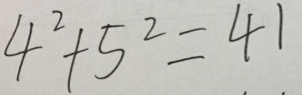
4 ^ { 2 } + 5 ^ { 2 } = 4 1